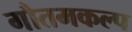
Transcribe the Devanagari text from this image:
गौतमकल्प